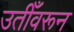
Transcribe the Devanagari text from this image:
उतीँवरून